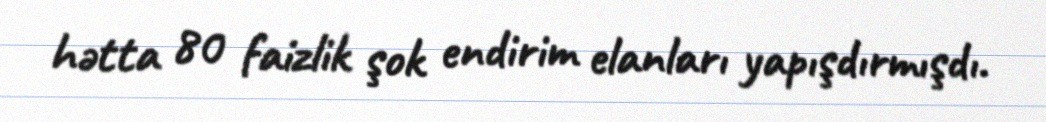
hətta 80 faizlik şok endirim elanları yapışdırmışdı.